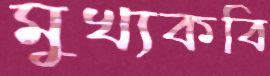
মুখ্যকবি